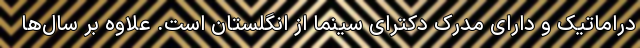
دراماتیک و دارای مدرک دکترای سینما از انگلستان است. علاوه بر سال‌ها